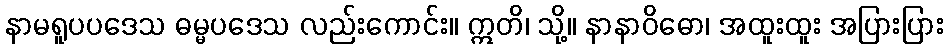
နာမရူပပဒေသ ဓမ္မပဒေသ လည်းကောင်း။ ဣတိ၊ သို့။ နာနာဝိဓော၊ အထူးထူး အပြားပြား